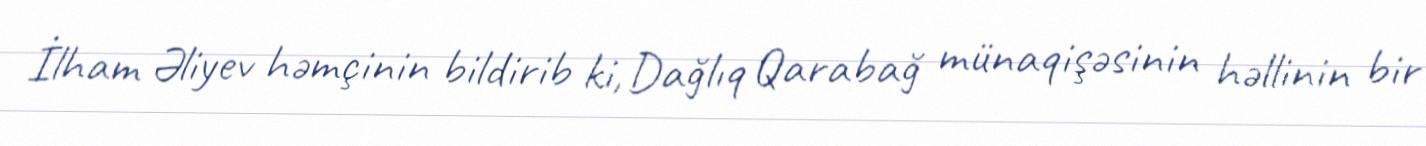
İlham Əliyev həmçinin bildirib ki, Dağlıq Qarabağ münaqişəsinin həllinin bir